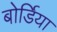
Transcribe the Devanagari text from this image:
बोर्डिया